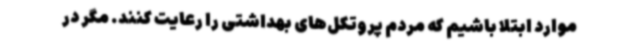
موارد ابتلا باشیم که مردم پروتکل‌های بهداشتی را رعایت کنند. مگر در